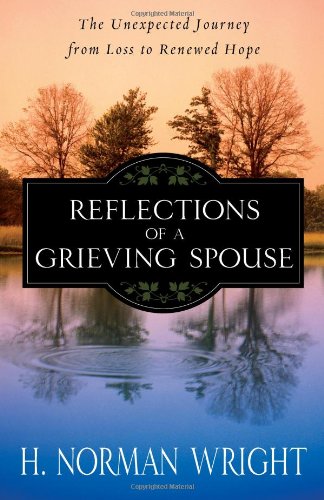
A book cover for Reflections of a Grieving Spouse: The Unexpected Journey from Loss to Renewed Hope; H. Norman Wright; Christian Books & Bibles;